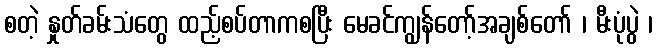
စတဲ့ နှုတ်ခမ်းသံတွေ ထည့်စပ်တာကစပြီး မေခင်ကျွန်တော့်အချစ်တော် ၊ မီးပုံပွဲ ၊